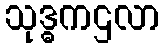
သုဒ္ဓကဌလာ